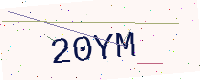
Text: 20YM